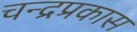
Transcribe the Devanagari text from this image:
चन्द्रप्रकास